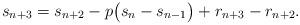
LaTeX: \begin{align*} s_{n+3} = s_{n+2} - p\big(s_{n} - s_{n-1}\big) + r_{n+3} - r_{n+2}.\end{align*}